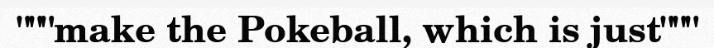
"""make the Pokeball, which is just"""